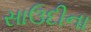
સાઉદીના